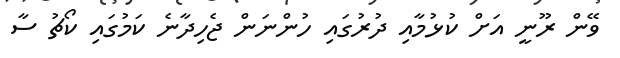
ވޭން ރޫނީ އަށް ކުޅުމާއި ދުރުގައި ހުންނަން ޖެހިދާނެ ކަމުގައި ކޯޗު ސާ